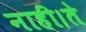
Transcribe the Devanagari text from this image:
नाही।ते